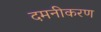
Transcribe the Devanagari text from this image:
दमनीकरण